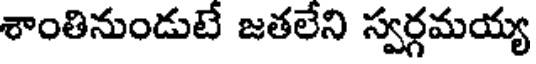
శాంతినుండుటే జతలేని స్వర్గమయ్య